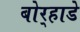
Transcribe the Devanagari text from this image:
बोर्‍हाडे